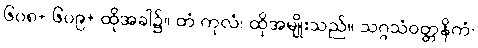
၆၀၈+ ၆၀၉+ ထိုအခါ၌။ တံ ကုလံ၊ ထိုအမျိုးသည်။ သဂ္ဂသံဝတ္တနိကံ၊